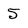
Character: 5